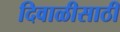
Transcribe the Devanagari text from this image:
दिवाळीसाठी